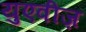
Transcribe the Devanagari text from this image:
युएवीज़